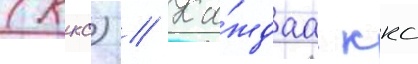
(ккс) // Ка́ждаа ккс